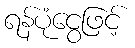
ရန်ပုံငွေဖြင့်